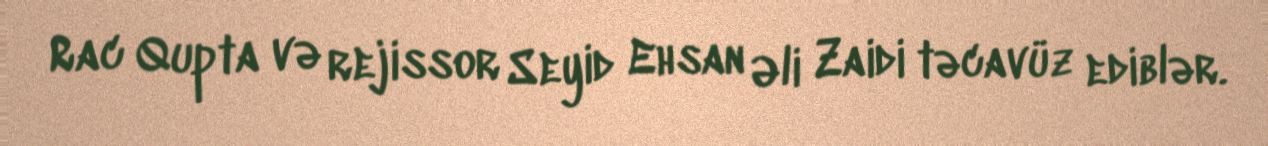
Rac Qupta və rejissor Seyid Ehsan Əli Zaidi təcavüz ediblər.